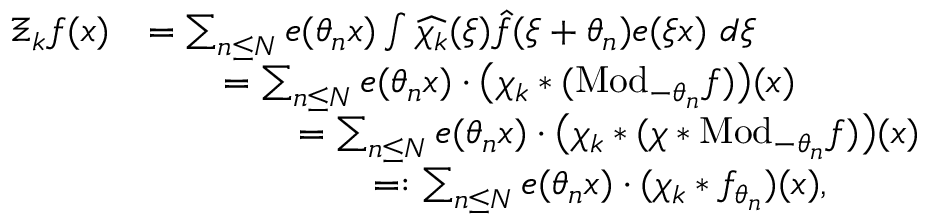
\begin{array} { r l } { \Xi _ { k } f ( x ) } & { = \sum _ { n \leq N } e ( \theta _ { n } x ) \int \widehat { \chi _ { k } } ( \xi ) \hat { f } ( \xi + \theta _ { n } ) e ( \xi x ) \ d \xi } \\ & { \qquad = \sum _ { n \leq N } e ( \theta _ { n } x ) \cdot \big ( \chi _ { k } * ( \mathrm { M o d } _ { - \theta _ { n } } f ) \big ) ( x ) } \\ & { \qquad \qquad = \sum _ { n \leq N } e ( \theta _ { n } x ) \cdot \big ( \chi _ { k } * ( \chi * \mathrm { M o d } _ { - \theta _ { n } } f ) \big ) ( x ) } \\ & { \qquad \qquad \qquad = \mathrel { \mathop : } \sum _ { n \leq N } e ( \theta _ { n } x ) \cdot ( \chi _ { k } * f _ { \theta _ { n } } ) ( x ) , } \end{array}